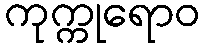
ကုက္ကုရောဝ